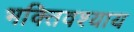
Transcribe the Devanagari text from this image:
भक्तिवश्याय